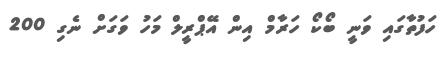
ހަފުތާގައި ވަނީ ބޯކޯ ހަރާމް އިން އޭޕްރީލް މަހު ވަގަށް ނެގި 200